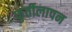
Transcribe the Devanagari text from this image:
फुर्तीलापन